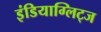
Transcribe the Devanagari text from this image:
इंडियाग्लिट्ज